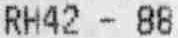
RH42 - 88